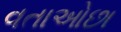
વતાઓછા